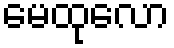
မေထုလော